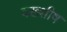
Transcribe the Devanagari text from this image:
बख्शीष